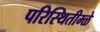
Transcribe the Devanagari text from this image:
परिस्थितीम्ळे